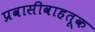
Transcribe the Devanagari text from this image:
प्रवासीवाहतूक